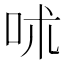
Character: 𠰲